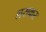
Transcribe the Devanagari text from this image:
लसकर